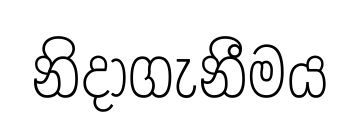
නිදාගැනීමය